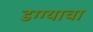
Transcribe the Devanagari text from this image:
डग्ग्याचा